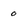
Character: 0